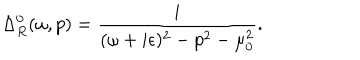
LaTeX: \Delta _ { R } ^ { 0 } ( \omega , p ) = \frac { i } { ( \omega + i \epsilon ) ^ { 2 } - p ^ { 2 } - \mu _ { 0 } ^ { 2 } } .